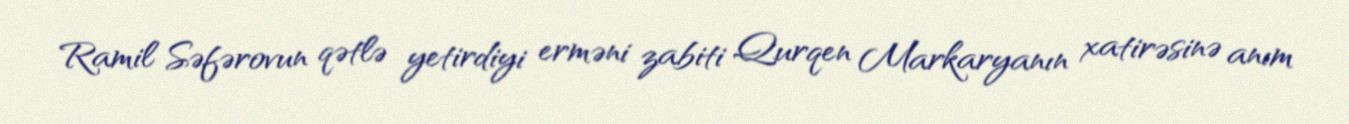
Ramil Səfərovun qətlə yetirdiyi erməni zabiti Qurqen Markaryanın xatirəsinə anım